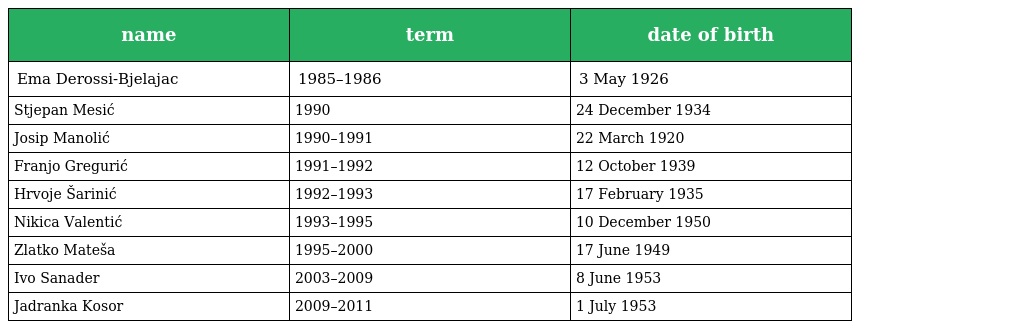
| name | term | date of birth |
 | --- | --- | --- |
 | Ema Derossi-Bjelajac | 1985–1986 | 3 May 1926 |
 | Stjepan Mesić | 1990 | 24 December 1934 |
 | Josip Manolić | 1990–1991 | 22 March 1920 |
 | Franjo Gregurić | 1991–1992 | 12 October 1939 |
 | Hrvoje Šarinić | 1992–1993 | 17 February 1935 |
 | Nikica Valentić | 1993–1995 | 10 December 1950 |
 | Zlatko Mateša | 1995–2000 | 17 June 1949 |
 | Ivo Sanader | 2003–2009 | 8 June 1953 |
 | Jadranka Kosor | 2009–2011 | 1 July 1953 |